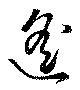
遙